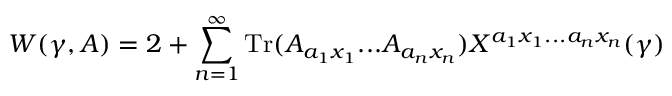
W ( \gamma , A ) = 2 + \sum _ { n = 1 } ^ { \infty } \mathrm { T r } ( A _ { a _ { 1 } x _ { 1 } } . . . A _ { a _ { n } x _ { n } } ) X ^ { a _ { 1 } x _ { 1 } . . . a _ { n } x _ { n } } ( \gamma )